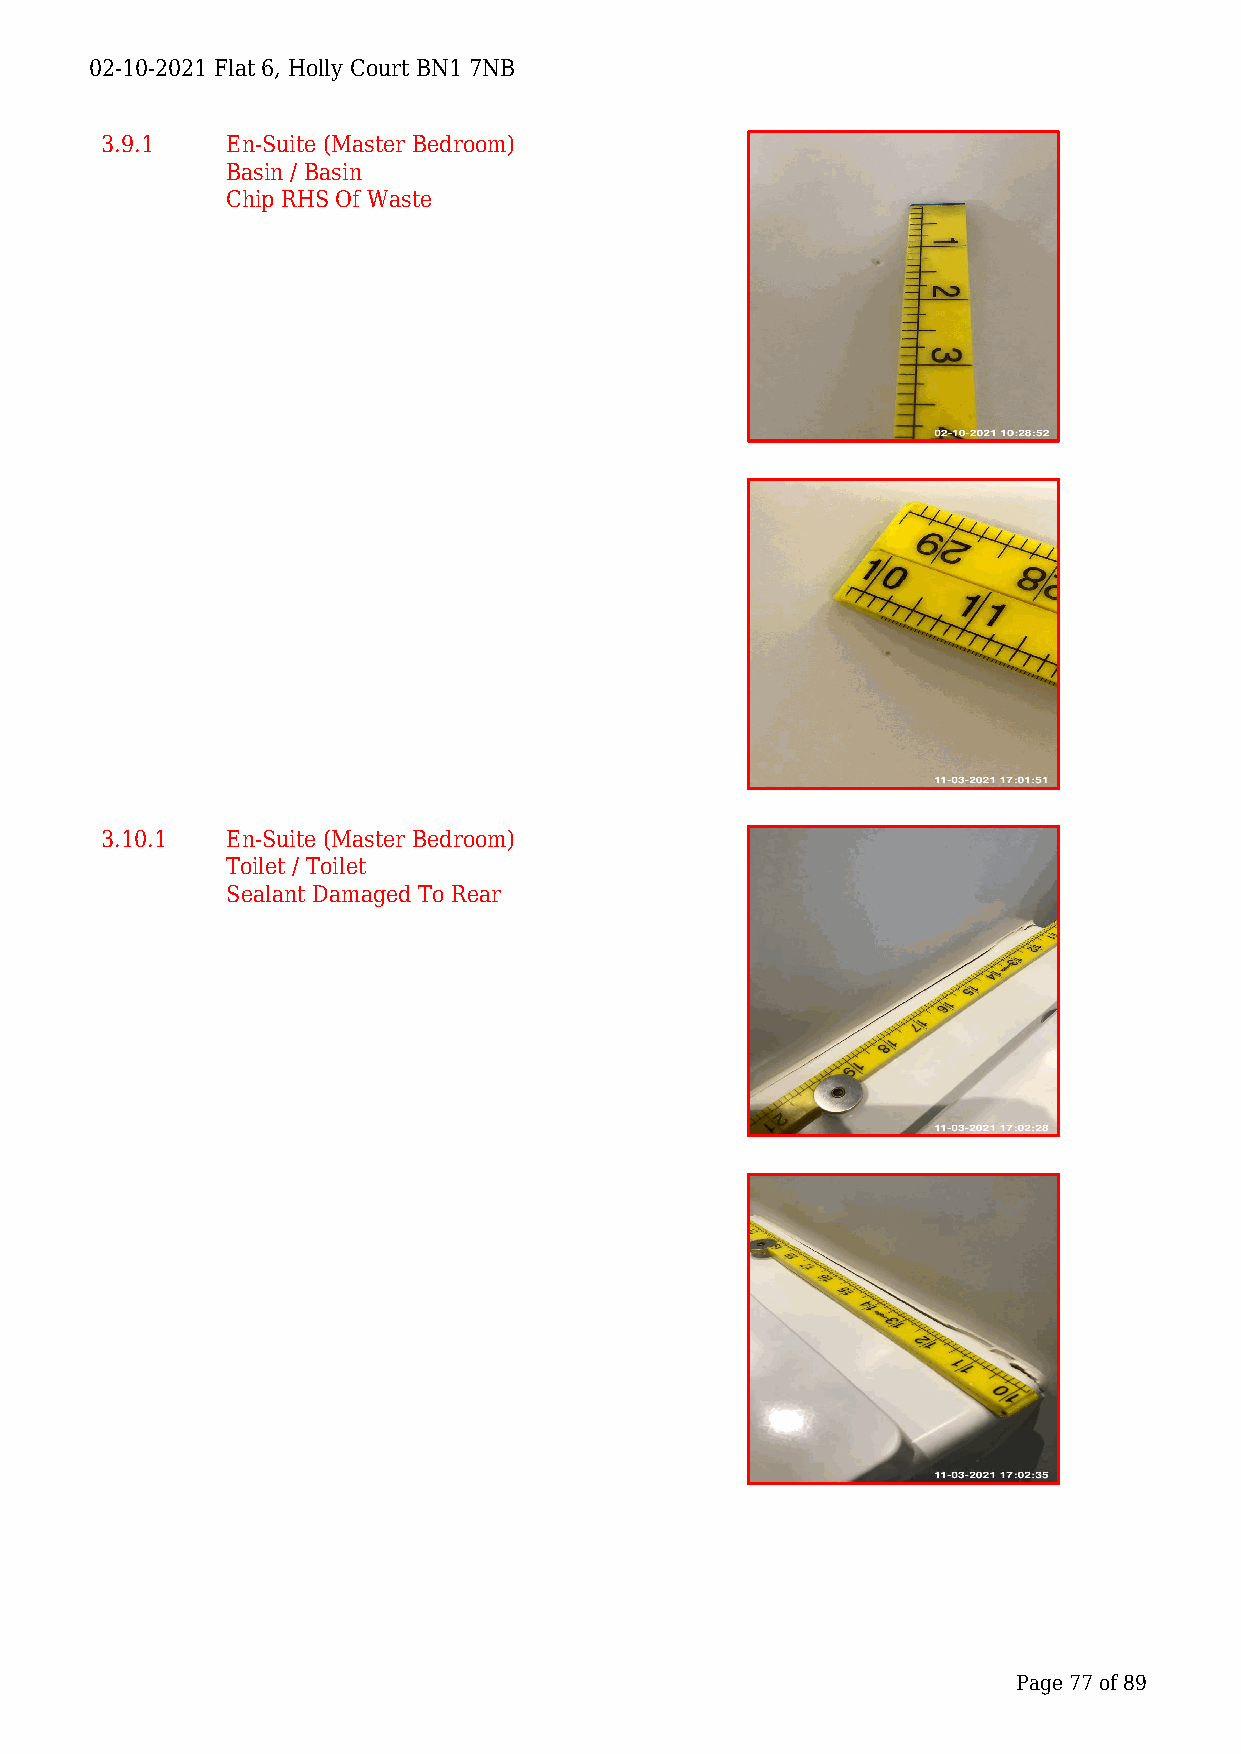
02-10-2021 Flat 6, Holly Court BN1 7NB
 3.9.1   En-Suite (Master Bedroom)
 Basin / Basin
 Chip RHS Of Waste
 3.10.1  En-Suite (Master Bedroom)
 Toilet / Toilet
 Sealant Damaged To Rear
 Page 77 of 89